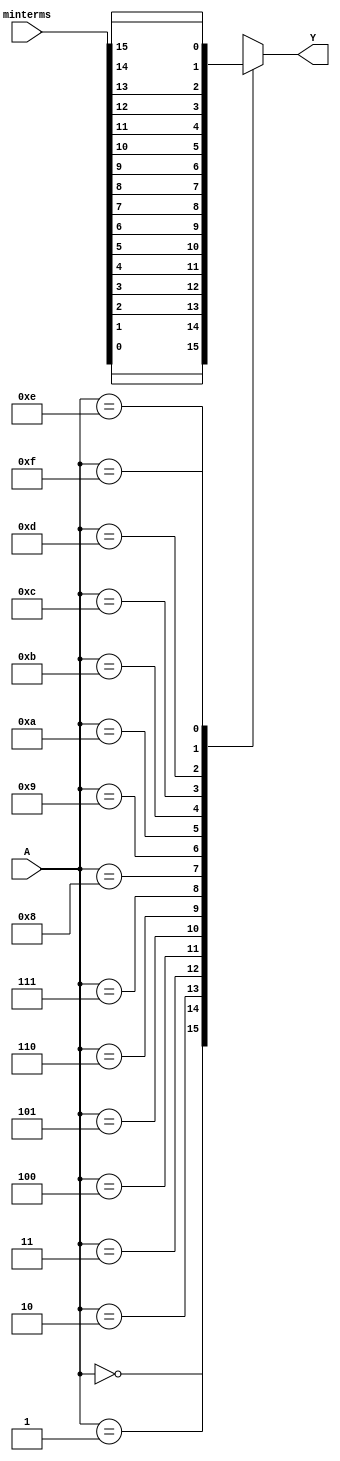
module prime_implicant_logic(
    input [3:0] A,           // Input variable (4 bits)
    input [15:0] minterms,   // Minterms - a 16-bit vector representing the minterms
    output reg Y             // Output (1 bit)
);

// Internal combinational logic to determine output based on minterms
always @(*) begin
    case (A)
        4'b0000: Y = minterms[0];   // Corresponds to minterm 0
        4'b0001: Y = minterms[1];   // Corresponds to minterm 1
        4'b0010: Y = minterms[2];   // Corresponds to minterm 2
        4'b0011: Y = minterms[3];   // Corresponds to minterm 3
        4'b0100: Y = minterms[4];   // Corresponds to minterm 4
        4'b0101: Y = minterms[5];   // Corresponds to minterm 5
        4'b0110: Y = minterms[6];   // Corresponds to minterm 6
        4'b0111: Y = minterms[7];   // Corresponds to minterm 7
        4'b1000: Y = minterms[8];   // Corresponds to minterm 8
        4'b1001: Y = minterms[9];   // Corresponds to minterm 9
        4'b1010: Y = minterms[10];  // Corresponds to minterm 10
        4'b1011: Y = minterms[11];  // Corresponds to minterm 11
        4'b1100: Y = minterms[12];  // Corresponds to minterm 12
        4'b1101: Y = minterms[13];  // Corresponds to minterm 13
        4'b1110: Y = minterms[14];  // Corresponds to minterm 14
        4'b1111: Y = minterms[15];  // Corresponds to minterm 15
        default: Y = 0;              // Default case
    endcase
end

endmodule